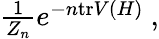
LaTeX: \textstyle{\frac{1}{Z_{n}}}e^{-n\mathrm{tr}V(H)}~,